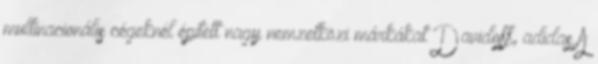
multinacionális cégeknél épített nagy nemzetközi márkákat Davidoff, adidas A